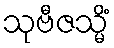
သုဗီဇသ္မိံ